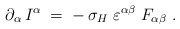
\begin{align*}\partial_\alpha\,I^\alpha \;=\; -\, \sigma_H\;\varepsilon^{\alpha\beta}\;F_{\alpha\beta}~. \end{align*}